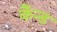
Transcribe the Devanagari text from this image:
कैंन्ड